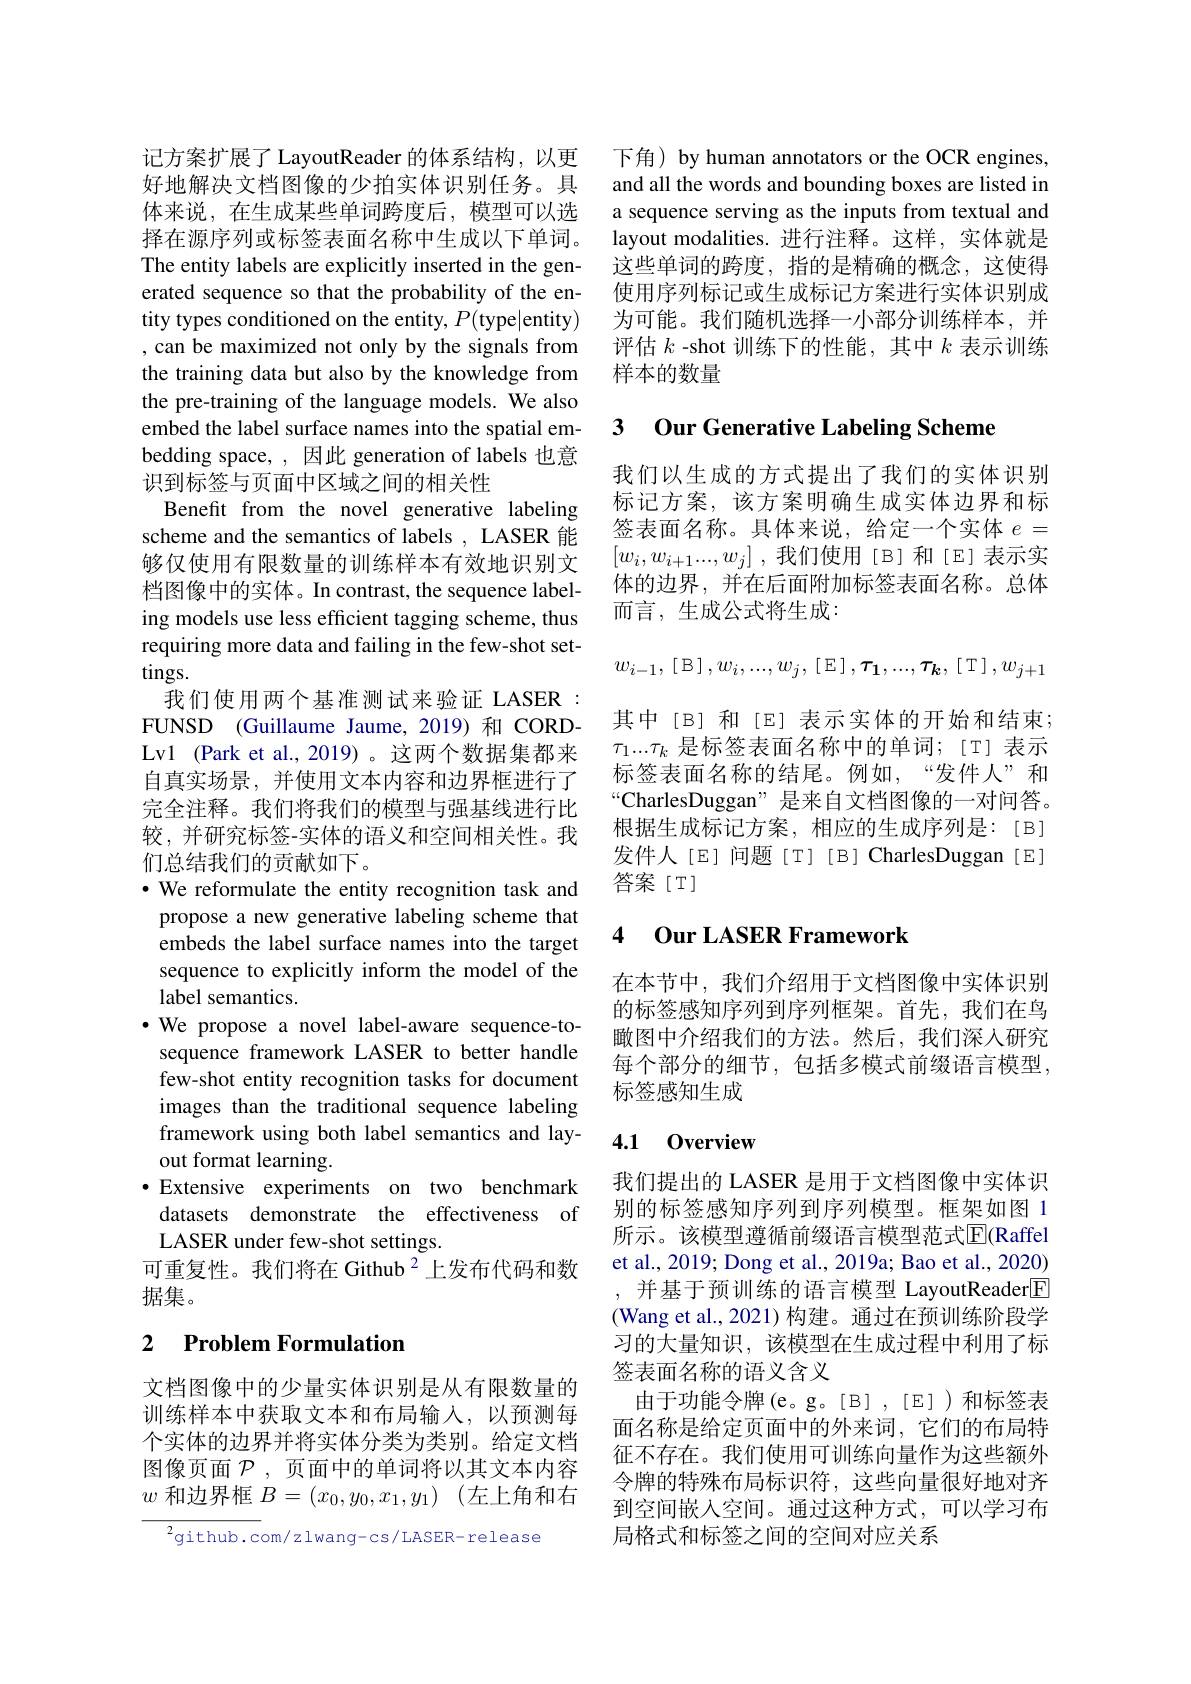
记方案扩展了 LayoutReader 的体系结构，以更好地解决文档图像的少拍实体识别任务。具体来说，在生成某些单词跨度后，模型可以选择在源序列或标签表面名称中生成以下单词。The entity labels are explicitly inserted in the generated sequence so that the probability of the entity types conditioned on the entity, $P($type|entity) , can be maximized not only by the signals from the training data but also by the knowledge from the pre-training of the language models. We also embed the label surface names into the spatial embedding space, ,因此 generation of labels 也意识到标签与页面中区域之间的相关性
Benefit from the novel generative labeling scheme and the semantics of labels , LASER 能够仅使用有限数量的训练样本有效地识别文档图像中的实体。In contrast, the sequence labeling models use less efficient tagging scheme, thus requiring more data and failing in the few-shot set- $\tan$gs.
我们使用两个基准测试来验证 LASER: FUNSD (Guillaume Jaume, 2019)和 CORDLv1 (Park et al., 2019) 。这两个数据集都来自真实场景，并使用文本内容和边界框进行了完全注释。我们将我们的模型与强基线进行比较，并研究标签-实体的语义和空间相关性。我们总结我们的贡献如下。
· We reformulate the entity recognition task and propose a new generative labeling scheme that embeds the label surface names into the target sequence to explicitly inform the model of the label semantics.
$\cdot$ We propose a novel label-aware sequence-tosequence framework LASER to better handle few-shot entity recognition tasks for document images than the traditional sequence labeling framework using both label semantics and layout format learning.
·Extensive experiments on two benchmark
datasets demonstrate the effectiveness of
LASER under few-shot settings.
可重复性。我们将在 Github $^{2}$上发布代码和数
据集。

### 2 $\textbf{Problem Formulation}$

文档图像中的少量实体识别是从有限数量的训练样本中获取文本和布局输入，以预测每个实体的边界并将实体分类为类别。给定文档图像页面$\mathcal{P}$,页面中的单词将以其文本内容$w$ 和边界框 $B= ( x_0, y_0, x_1, y_1)$ (左上角和右

$^{2}$github.com/zlwang-cs/LASER-release

下角) by human annotators or the OCR engines, and all the words and bounding boxes are listed in a sequence serving as the inputs from textual and layout modalities. 进行注释。这样，实体就是这些单词的跨度，指的是精确的概念，这使得使用序列标记或生成标记方案进行实体识别成为可能。我们随机选择一小部分训练样本，并评估$k$ -shot 训练下的性能，其中$k$表示训练样本的数量

## 3 Our Generative Labeling Scheme

我们以生成的方式提出了我们的实体识别标记方案，该方案明确生成实体边界和标签表面名称。具体来说，给定一个实体$e=$ $[w_i,w_{i+1}...,w_j]$ ,我们使用 [B] 和[E] 表示实体的边界，并在后面附加标签表面名称。总体而言，生成公式将生成：

$w_{i-1}$,[B]$,w_i,...,w_j$,[E]$,\tau_1,...,\tau_k$,[T]$,w_j+1$ 其中[B] 和[E] 表示实体的开始和结束； $\tau_1...\tau_k$是标签表面名称中的单词；[T] 表示标签表面名称的结尾。例如，“发件人”和“CharlesDuggan” 是来自文档图像的一对问答。根据生成标记方案，相应的生成序列是：[B] 发件人[E] 问题[T][B] CharlesDuggan[E] 答案[T]

## 4 Our LASER Framework

在本节中，我们介绍用于文档图像中实体识别的标签感知序列到序列框架。首先，我们在鸟瞰图中介绍我们的方法。然后，我们深人研究每个部分的细节，包括多模式前缀语言模型， 标签感知生成

## 4.1 0verview

我们提出的 LASER 是用于文档图像中实体识别的标签感知序列到序列模型。框架如图 1所示。该模型遵循前缀语言模型范式$\overline{\mathrm{E}}($Raffel et al., 2019; Dong et al., 2019a; Bao et al., 2020) ,并基于预训练的语言模型 LayoutReader$\boxed{\mathrm{E}}$ (Wang et al.,2021)构建。通过在预训练阶段学习的大量知识，该模型在生成过程中利用了标签表面名称的语义含义
由于功能令牌(e。g。[B] ,[E])和标签表面名称是给定页面中的外来词，它们的布局特征不存在。我们使用可训练向量作为这些额外令牌的特殊布局标识符，这些向量很好地对齐到空间嵌入空间。通过这种方式，可以学习布局格式和标签之间的空间对应关系